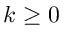
k \geq 0